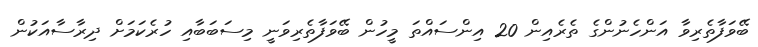
ބޭވަފާތެރިވާ އަންހެނުންގެ ތެރެއިން 20 އިންސައްތަ މީހުން ބޭވަފާތެރިވަނީ މިސަބަބާއި ހުރެކަމަށް ދިރާސާއަކުން